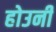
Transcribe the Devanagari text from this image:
होउनी